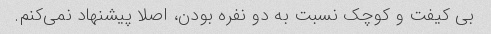
بی کیفت و کوچک نسبت به دو نفره بودن، اصلا پیشنهاد نمی‌کنم.